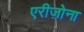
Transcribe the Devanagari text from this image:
एरीज़ोना